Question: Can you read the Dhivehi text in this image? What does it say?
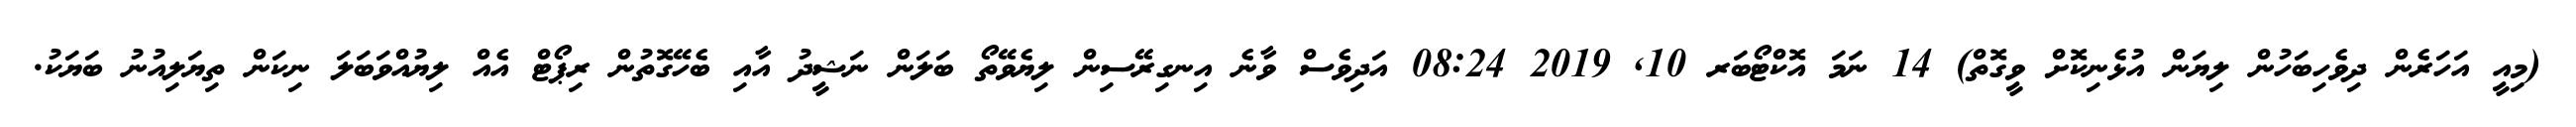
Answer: (މިއީ އަހަރެން ދިވެހިބަހުން ލިޔަން އުޅެނިކޮށް ވީގޮތް) 14 ނަމަ އޮކްޓޯބަރ 10, 2019 08:24 އަދިވެސް ވާނެ އިނގިރޭސިން ލިޔެވޭތޯ ބަލަން ނަޝީދު އާއި ބެހޭގޮތުން ރިޕޯޓް އެއް ލިޔުއްވަބަލަ ނިކަން ތިޔަލިއުނު ބަޔަކު.